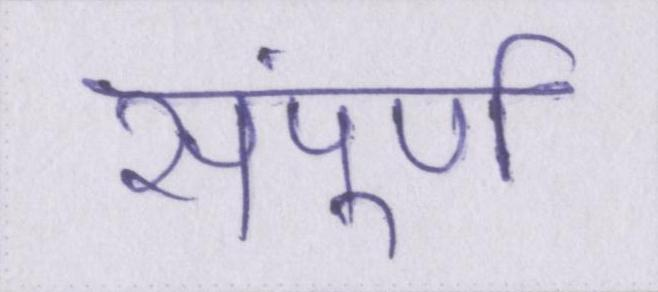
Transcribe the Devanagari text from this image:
संपूर्ण